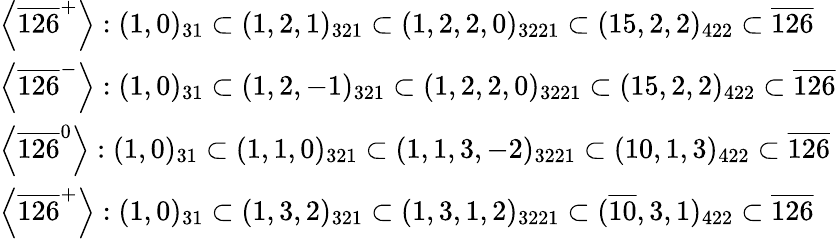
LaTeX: \begin{array}{l}{{\left<\overline{{{126}}}^{+}\right>:(1,0)_{31}\subset(1,2,1)_{321}\subset(1,2,2,0)_{3221}\subset(15,2,2)_{422}\subset\overline{{{126}}}}}\\ {{\left<\overline{{{126}}}^{-}\right>:(1,0)_{31}\subset(1,2,-1)_{321}\subset(1,2,2,0)_{3221}\subset(15,2,2)_{422}\subset\overline{{{126}}}}}\\ {{\left<\overline{{{126}}}^{0}\right>:(1,0)_{31}\subset(1,1,0)_{321}\subset(1,1,3,-2)_{3221}\subset(10,1,3)_{422}\subset\overline{{{126}}}}}\\ {{\left<\overline{{{126}}}^{+}\right>:(1,0)_{31}\subset(1,3,2)_{321}\subset(1,3,1,2)_{3221}\subset(\overline{{{10}}},3,1)_{422}\subset\overline{{{126}}}}}\end{array}